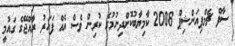
ސާފް ޗެމްޕިއަންޝިޕް 2008 ކާމިޔާބުކޮށްދިނުމުގެ ކުރިން ވެސް އެއް ފަހަރު ރާއްޖޭގެ ގައުމީ